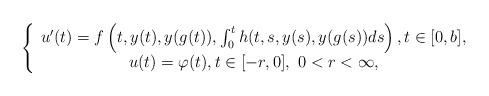
LaTeX: \begin{align*}\left\{\begin{array}{c}u^{\prime }(t)=f\left(t,y(t),y(g(t)),\int_{0}^{t}h(t,s,y(s),y(g(s))ds\right) ,t\in\lbrack 0,b], \\u(t)=\varphi (t),t\in \lbrack -r,0],\ 0<r<\infty ,\end{array}\right. \end{align*}